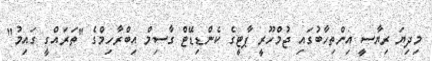
މިދިޔަ ރިޔާސީ އިންތިހާބުގައި ޖުމްހޫރީ ޕާޓީގެ ކެންޑިޑޭޓް ގާސިމް އިބްރާހިމްގެ "ތަރައްގީ ގައިމު"